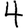
Digit: 4